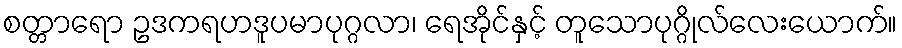
စတ္တာရော ဥဒကရဟဒူပမာပုဂ္ဂလာ၊ ရေအိုင်နှင့် တူသောပုဂ္ဂိုလ်လေးယောက်။